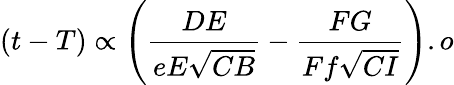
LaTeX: (t-T)\propto\left({\frac{DE}{eE{\sqrt{CB}}}}-{\frac{FG}{Ff{\sqrt{CI}}}}\right).o